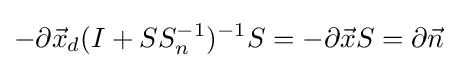
-\partial {\vec {x}}_{d}(I+SS_{n}^{-1})^{-1}S=-\partial {\vec {x}}S=\partial {\vec {n}}